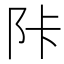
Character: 𲉋